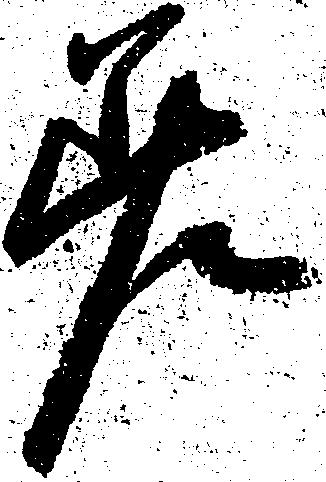
差